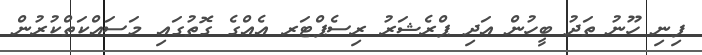
ފިނި ހޫނު ތަދު ބީހުން އަދި ޕްރެޝަރު ރިސެޕްޓަރ އެއްގެ ގޮތުގައި މަސައްކަތްކުރުން